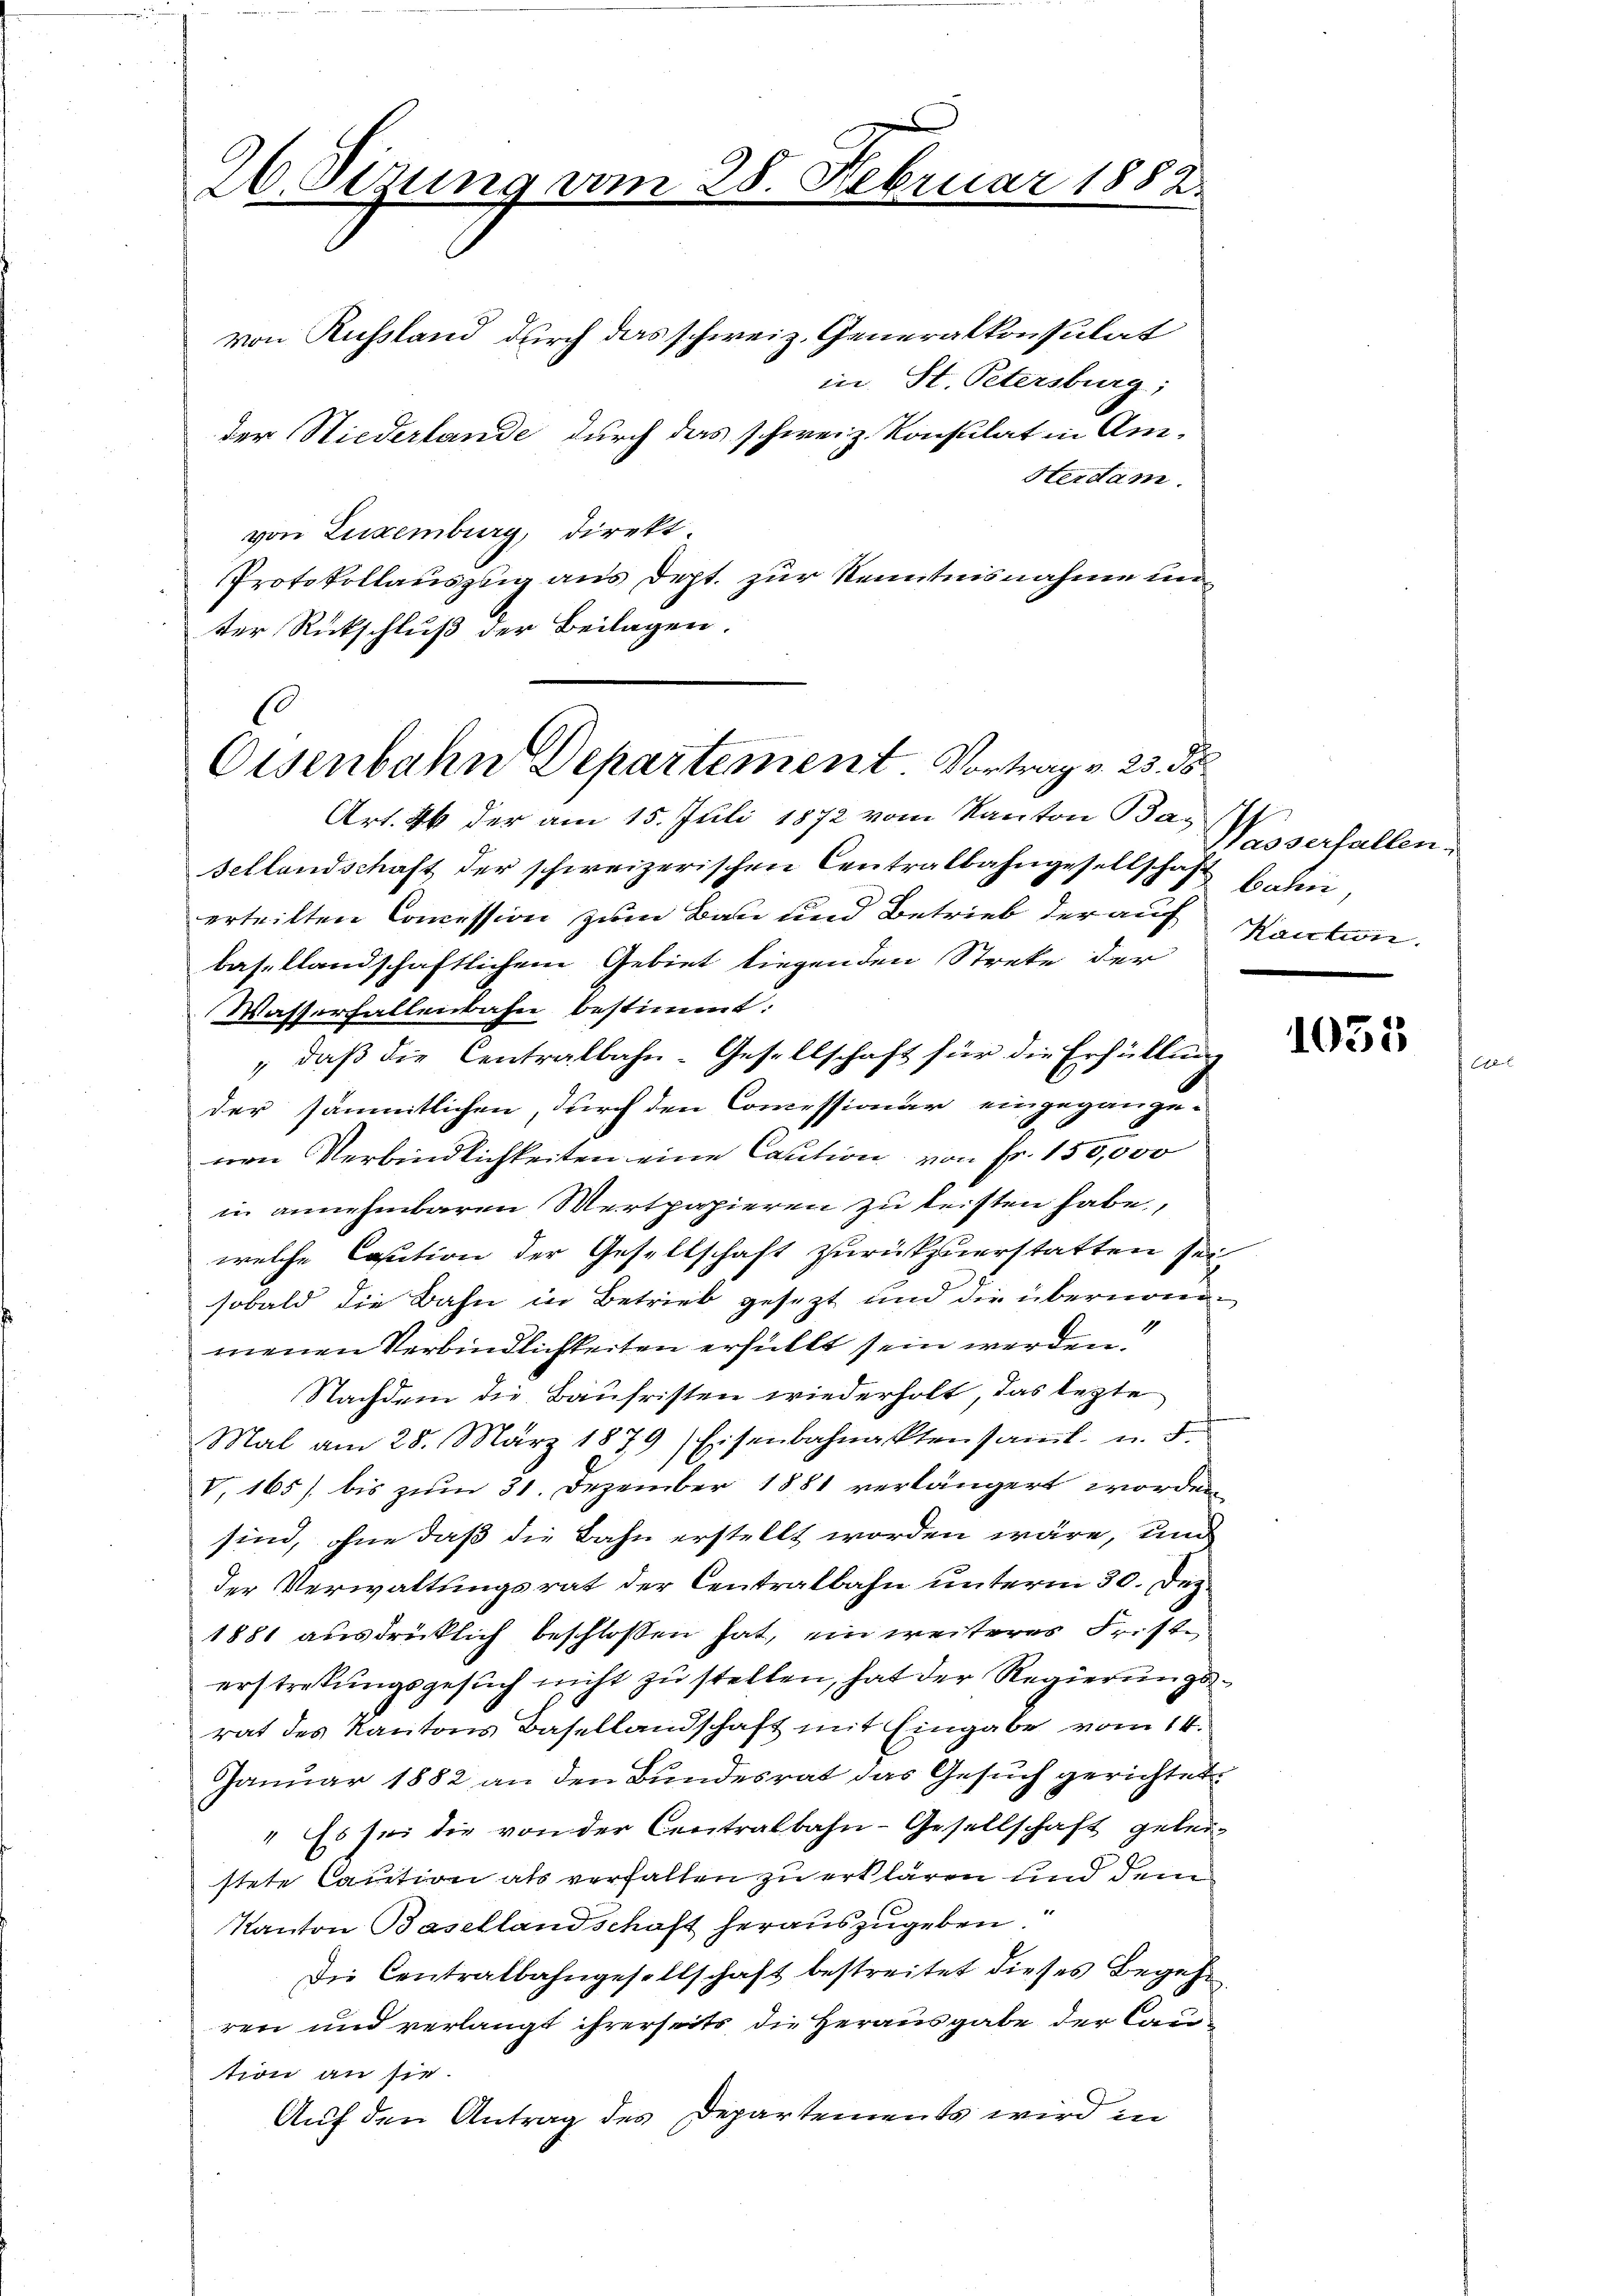
26. Sizung vom

von Russland durch das schweiz. Generalkonsulat
in St. Petersburg;
der Niederlande durch das schweiz. Konstilat in An-
Hterdam.
von Luxenburg, direkt.
Protokollauszug aus dept. zur Kenntnisnahme un
ter Rückschluß der Beilagen.
Art. 44 der am 15. Juli 1872 vom Kanton Ba¬
Sellandschaft der schweizerischen Centralbahngesellschaft bedin
erteilten Concession zum Bau und Betrieb der auf
basellandschaftlichem Gebiet liegenden Streke der
Wasserfallenbahn bestimmt.
" daß die Centralbahn-Gesellschaft für die Erfüllung
der sämmtlichen, durch den Commissionär eingegange-
nen Verbindlichkeiten eine Caution von Fr. 150,000
in annehmbaren Mertpapieren zu leisten habe,
welche Caution der Gesellschaft zurückzuerstatten sei,
sobald die Bahn in Betrieb gesezt und die übernom¬
1
menen Verbindlichkeiten erfüllt sein werden.
Nachdem die Baufristen wiederholt, das lezte
Mal am 28. März 1879 Eisenbahnakten samtl. u. F.
V, 165) bis zum 31. Dezember 1881 verlängert worden
sind, ohne daß die Bahn erstellt worden wäre, und
der Verwaltungsrat der Centralbahn unterm 30. Dez
1881 ausdrücklich beschlossen hat, ein weiteres Fristerstretungsgesuch nicht zu stellen, hat der Regierungsrat des Kantons Basellandschaft mit Eingabe vom 14.
Januar 1882 an den Bundesrat das Gesuch gerichtet
" Es sei die von der Centralbahn-Gesellschaft geleistete Caution als verhalten zu erklären und dem
Kanton Basellandschaft herauszugeben.
Die Centralbahngesellschaft bestreitet dieses Begehr
ren und verlangt ihrerseits die Herausgabe der Caution an sie.
Auf den Antrag des Departements wird in

28. Februar 1882.

s
Eisenbahn Departement Vortrag v. 25. ds

Wasserfallen.
Kaution.

1055